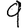
Digit: 9